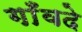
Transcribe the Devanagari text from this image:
गाँवदे